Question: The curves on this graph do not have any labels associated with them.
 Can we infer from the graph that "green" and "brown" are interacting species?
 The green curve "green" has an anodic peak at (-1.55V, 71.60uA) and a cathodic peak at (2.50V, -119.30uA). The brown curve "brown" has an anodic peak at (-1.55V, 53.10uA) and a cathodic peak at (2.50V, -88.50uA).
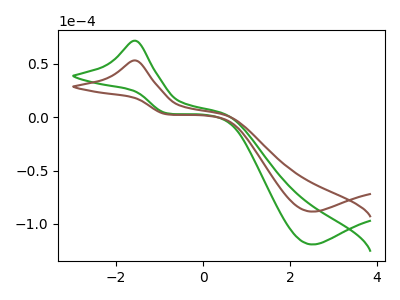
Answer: <think>All the peaks in "green" have a peak in "brown" at the same potential. Every peak in "green" is higher than every peak in "brown".
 </think>
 <answer>No, "green" and "brown" don't appear to be significantly different in shape</answer>
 <eval>no_change</eval>